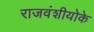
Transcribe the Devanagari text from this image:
राजवंशीयोके